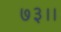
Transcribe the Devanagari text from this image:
७३।।